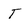
Character: T